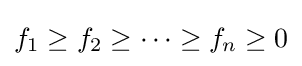
f_{1}\geq f_{2}\geq \cdots \geq f_{n}\geq 0